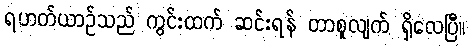
ရဟတ်ယာဉ်သည် ကွင်းထက် ဆင်းရန် တာစူလျက် ရှိလေပြီ။